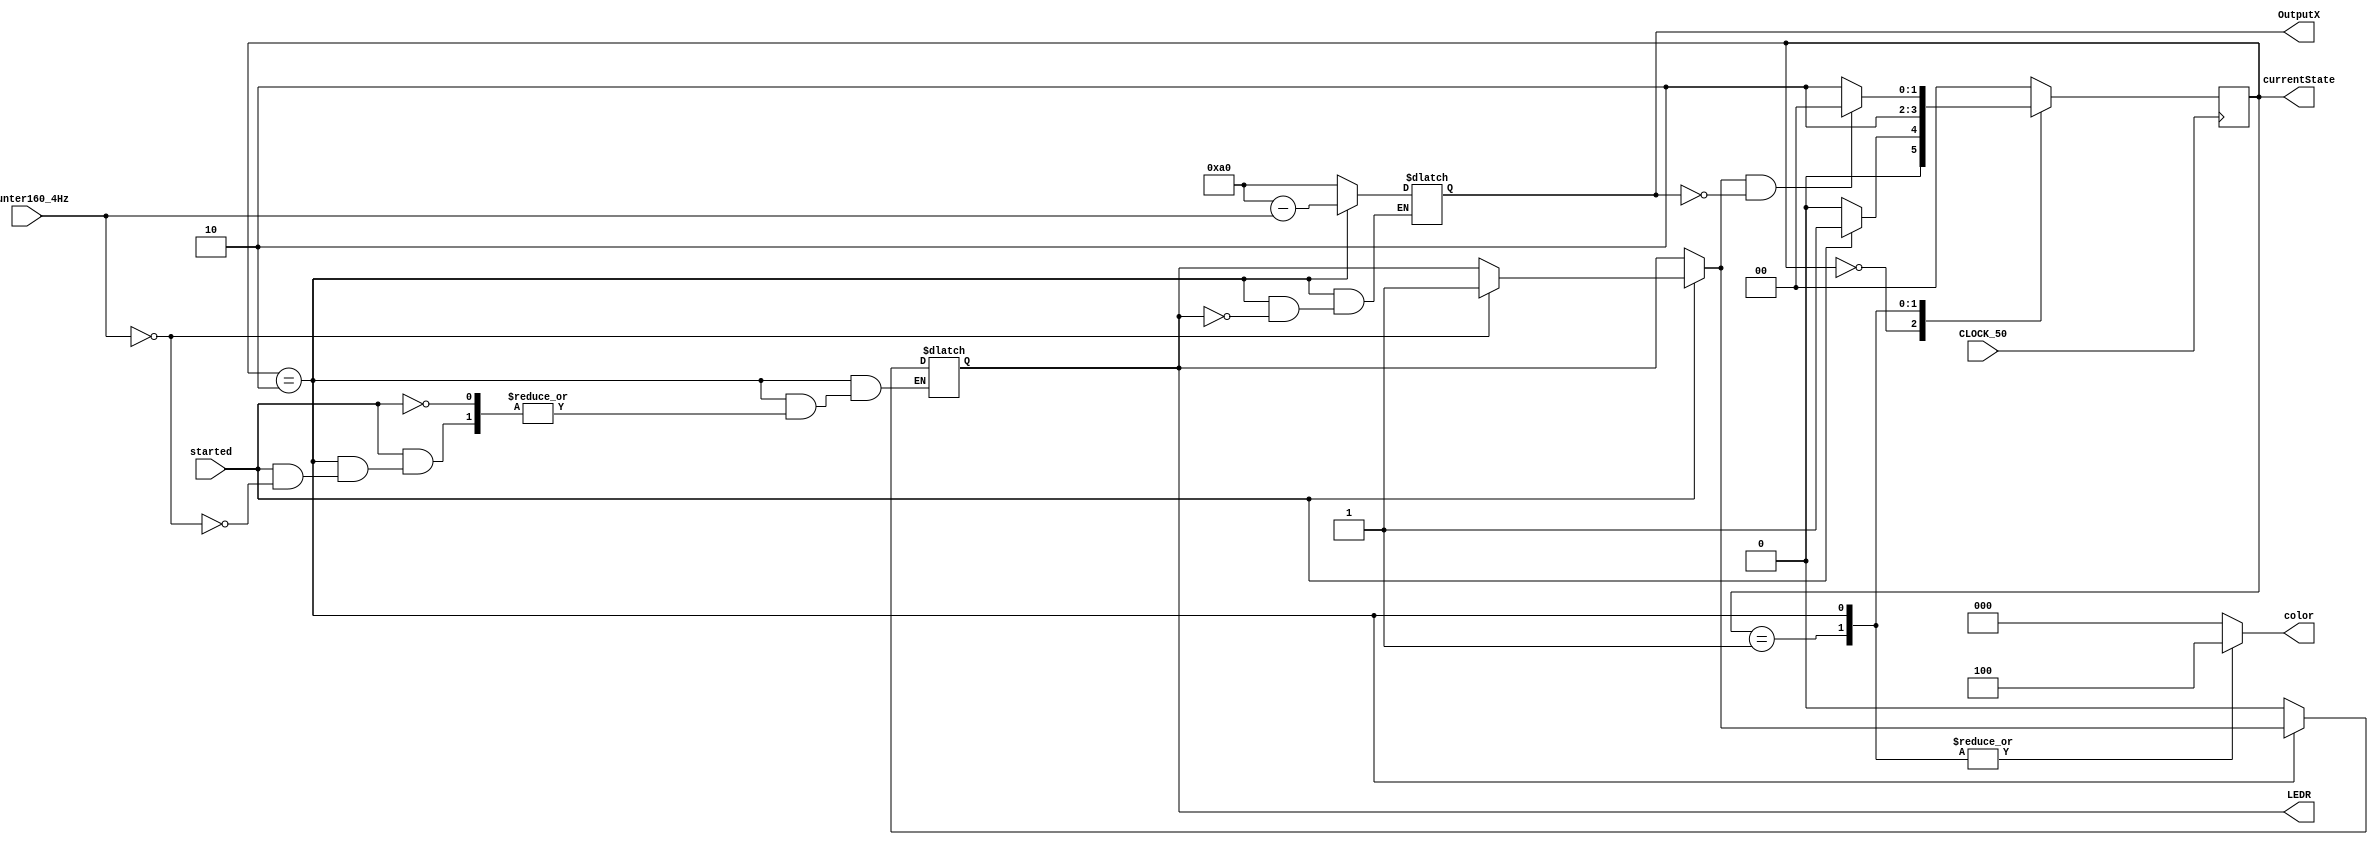


module ListedParts(/*GetSequence, */ started, counter160_4Hz, CLOCK_50, OutputX, color, currentState, LEDR);

	input started, CLOCK_50;
	input [7:0]counter160_4Hz;
	output reg [1:0]currentState;
	output reg [7:0]OutputX;
	output reg [2:0]color;
	output LEDR;

	reg [1:0] nextState;
	reg Begin;
	
	assign LEDR = Begin;
	
	parameter reset = 2'b00, getSequence = 2'b01, computing = 2'b10;
	
	//controlPath
	//state table
	always@(*)
		begin: state_table
			case(currentState)
			
				reset:
					begin
						Begin = 0;
						if(started)
							nextState = getSequence;
						else 
							nextState = reset;
					end
				
				getSequence:
					begin
						Begin = 0;
						//add shifter output here
						nextState = computing;
					end
					
				computing:
					begin
						
						if(started)
							if(counter160_4Hz == 0)
								Begin = 1;
								
						if (Begin & ((OutputX == 0) /*| onHit == 1*/))
							nextState = reset;
						else nextState = computing;
					end

				default:
					begin
						Begin = 0;
						nextState = reset;
					end
							
			endcase
		end
			
			
	//dataPath
	always@(*)
		begin: output_logic
			case(currentState)
			
				reset:
					begin
						OutputX = 8'b10100000;
						color = 3'b000;
					end
				
				getSequence:
					begin
						OutputX = 8'b10100000;
						color = 3'b100;
					end
					
				computing:
					begin
						if(Begin)
							OutputX = 8'b10100000 - counter160_4Hz;
						color = 3'b100;
					end
					
				default:
					begin
						OutputX = 8'b10100000;
						color = 3'b000;
					end
					
			endcase
		end
		
	//state reg
	always @(posedge CLOCK_50)
		begin: state_FFs
			currentState <= nextState;
		end
				
endmodule


module counter_4Hz(CLK, resetn, EnableSignal); // 4Hz Enable
	output reg EnableSignal; 
	reg [23:0]cout;
	input CLK, resetn;
	
	always@(posedge CLK)
		begin 
			if(!resetn)
				begin
					cout <= 24'b0;
					EnableSignal <= 0;
				end

			else if(cout == 24'b101111101011110000100000)
				begin
					cout <= 24'b0;
					EnableSignal <= 1;
				end

			else
				begin
					cout <= cout + 1;
					EnableSignal <= 0;
				end

		end
endmodule 


module counter160_64Hz(Enable, Clock, crtState, counter160);
	input Enable, Clock;
	input [1:0]crtState;
	reg [7:0]temp;
	output [7:0]counter160;
	
	always @(posedge Clock)
		begin

		if (crtState ==2'b00)
			temp = 0;
		else 
			if(temp == 8'b10100001)
				begin
					temp <= 0;
				end
			else
				if (Enable) 
					temp <= temp + 1;
		end
		
	assign counter160 = temp;
endmodule

module counter_64Hz(CLK, resetn, EnableSignal); // 64Hz Enable
	output reg EnableSignal; 
	reg [19:0]cout;
	input CLK, resetn;
	
	always@(posedge CLK)
		begin 
			if(!resetn)
				begin
					cout <= 20'b0;
					EnableSignal <= 0;
				end

			else if(cout == 20'b10111110101111000010)
				begin
					cout <= 20'b0;
					EnableSignal <= 1;
				end

			else
				begin
					cout <= cout + 1;
					EnableSignal <= 0;
				end

		end
endmodule